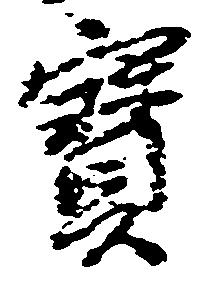
宝